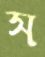
স